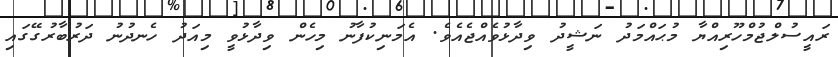
ރައީސުލްޖުމްހޫރިއްޔާ މުޙައްމަދު ނަޝީދު ވިދާޅުވެއްޖެއެވެ. އެމަނިކުފާނު މިހެން ވިދާޅުވީ މިއަދު ހެނދުނު ދަރުބާރުގޭގައި